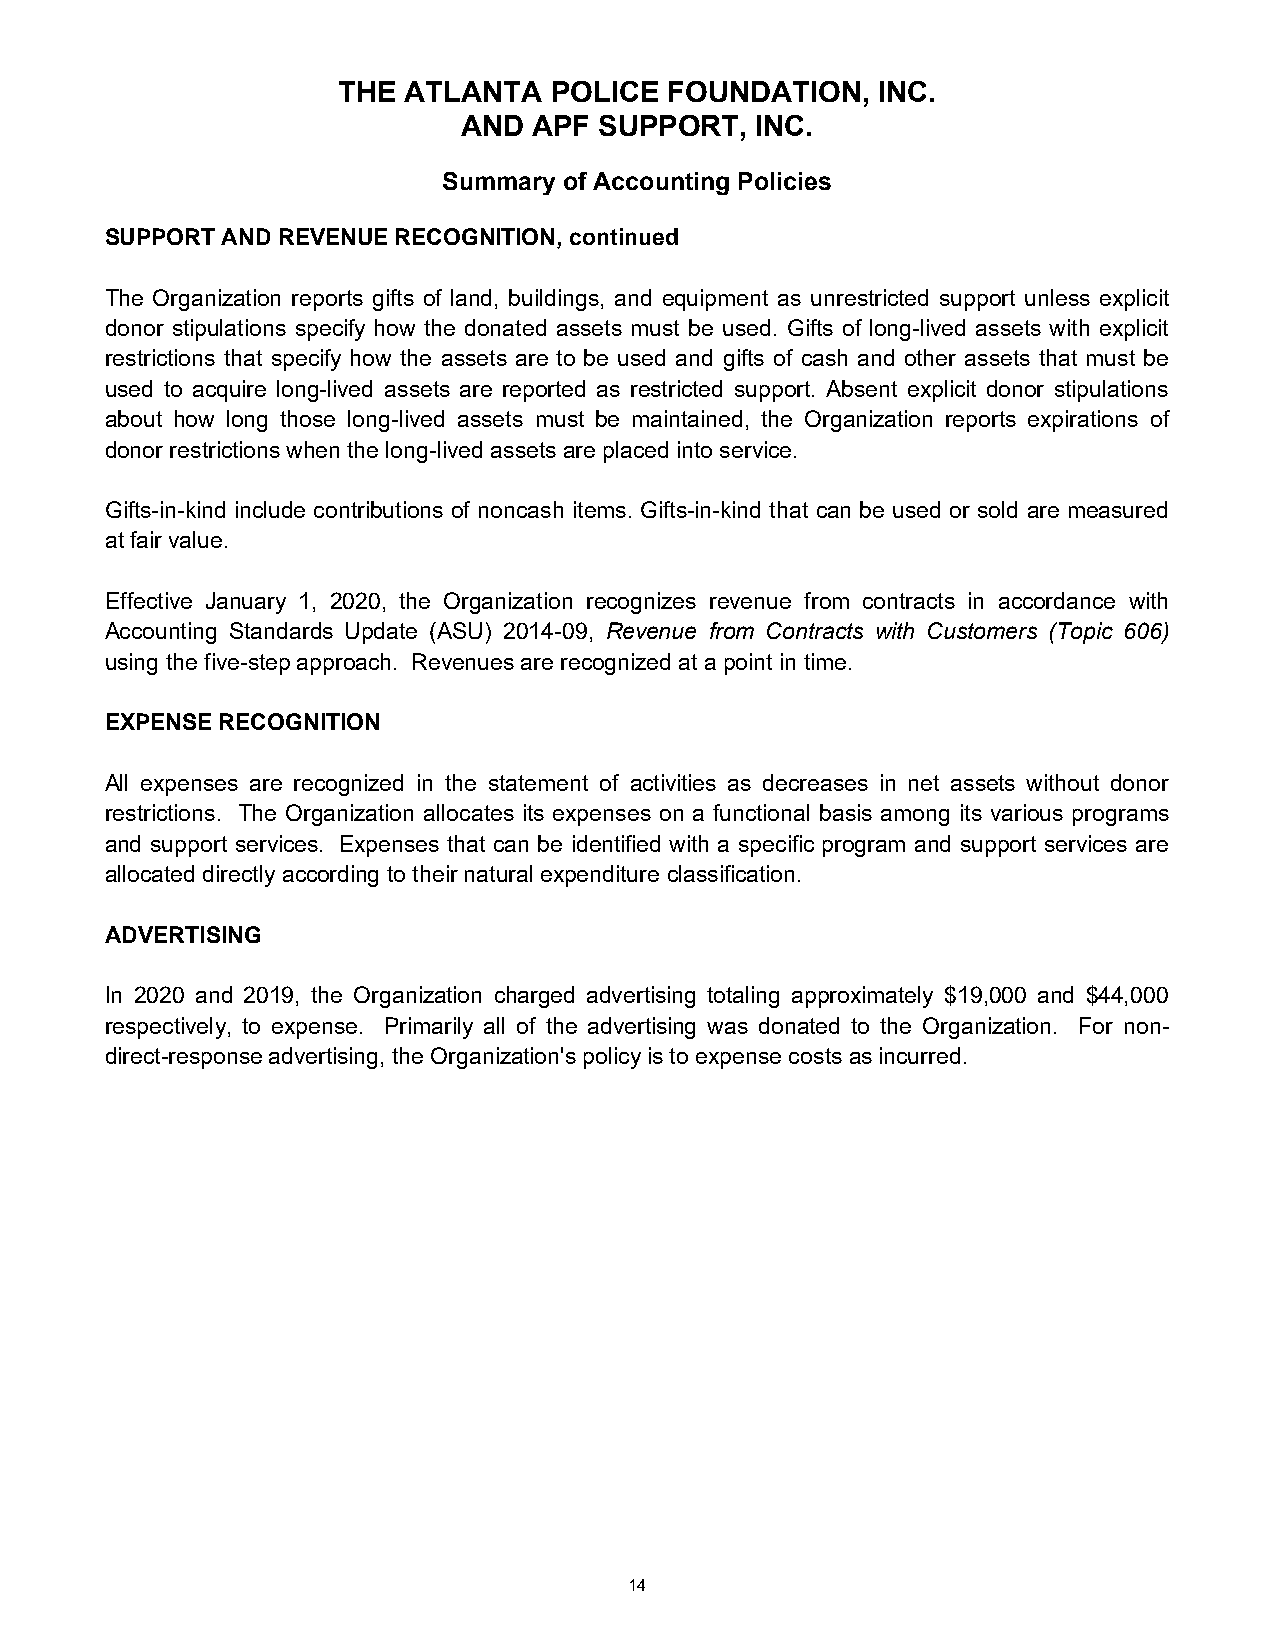
THE  ATLANTA  POLICE  FOUNDATION,   INC.
 AND APF  SUPPORT,  INC.
 Summary of Accounting Policies
 SUPPORT AND REVENUE RECOGNITION, continued
 The Organization reports gifts of land, buildings, and equipment as unrestricted support unless explicit
 donor stipulations specify how the donated assets must be used. Gifts of long-lived assets with explicit
 restrictions that specify how the assets are to be used and gifts of cash and other assets that must be
 used to acquire long-lived assets are reported as restricted support. Absent explicit donor stipulations
 about how long those long-lived assets must be maintained, the Organization reports expirations of
 donor restrictions when the long-lived assets are placed into service.
 Gifts-in-kind include contributions of noncash items. Gifts-in-kind that can be used or sold are measured
 at fair value.
 Effective January 1, 2020, the Organization recognizes revenue from contracts in accordance with
 Accounting Standards Update (ASU) 2014-09, Revenue from Contracts with Customers (Topic 606)
 using the five-step approach. Revenues are recognized at a point in time.
 EXPENSE RECOGNITION
 All expenses are recognized in the statement of activities as decreases in net assets without donor
 restrictions. The Organization allocates its expenses on a functional basis among its various programs
 and support services. Expenses that can be identified with a specific program and support services are
 allocated directly according to their natural expenditure classification.
 ADVERTISING
 In 2020 and 2019, the Organization charged advertising totaling approximately $19,000 and $44,000
 respectively, to expense. Primarily all of the advertising was donated to the Organization. For non-
 direct-response advertising, the Organization's policy is to expense costs as incurred.
 14